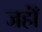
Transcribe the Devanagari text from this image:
जहाँं